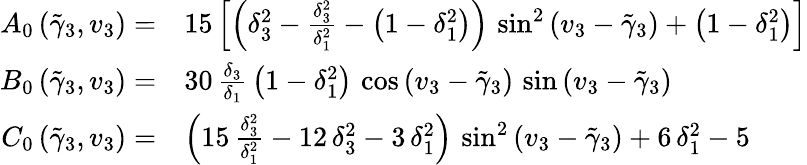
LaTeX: \begin{array}{rl}{A_{0}\left(\tilde{\gamma}_{3},v_{3}\right)=}&{15\left[\left(\delta_{3}^{2}-{\frac{\delta_{3}^{2}}{\delta_{1}^{2}}}-\left(1-\delta_{1}^{2}\right)\right)\, \sin^{2}\left(v_{3}-\tilde{\gamma}_{3}\right)+\left(1-\delta_{1}^{2}\right)\right]}\\ {B_{0}\left(\tilde{\gamma}_{3},v_{3}\right)=}&{{30\, \frac{\delta_{3}}{\delta_{1}}\, \left(1-\delta_{1}^{2}\right)\, \cos\left(v_{3}-\tilde{\gamma}_{3}\right)\, \sin\left(v_{3}-\tilde{\gamma}_{3}\right)}}\\ {C_{0}\left(\tilde{\gamma}_{3},v_{3}\right)=}&{\left({15\, \frac{\delta_{3}^{2}}{\delta_{1}^{2}}}-12\, \delta_{3}^{2}-3\, \delta_{1}^{2}\right)\, \sin^{2}\left(v_{3}-\tilde{\gamma}_{3}\right)+6\, \delta_{1}^{2}-5}\end{array}